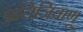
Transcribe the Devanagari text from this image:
प्रतिजिवाणू